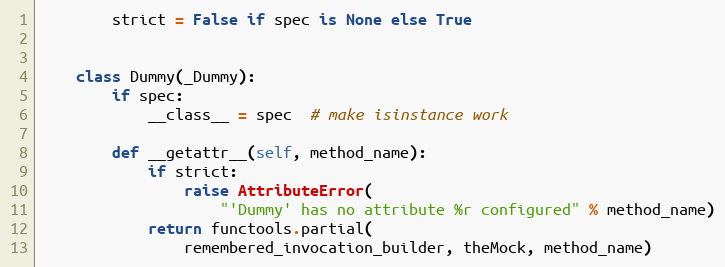
Language: Python
        strict = False if spec is None else True

    class Dummy(_Dummy):
        if spec:
            __class__ = spec  # make isinstance work

        def __getattr__(self, method_name):
            if strict:
                raise AttributeError(
                    "'Dummy' has no attribute %r configured" % method_name)
            return functools.partial(
                remembered_invocation_builder, theMock, method_name)